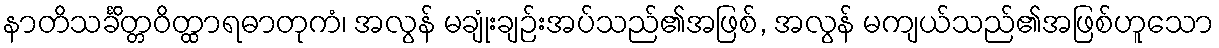
နာတိသင်္ခိတ္တဝိတ္ထာရဓာတုကံ၊ အလွန် မချုံးချဉ်းအပ်သည်၏အဖြစ်, အလွန် မကျယ်သည်၏အဖြစ်ဟူသော